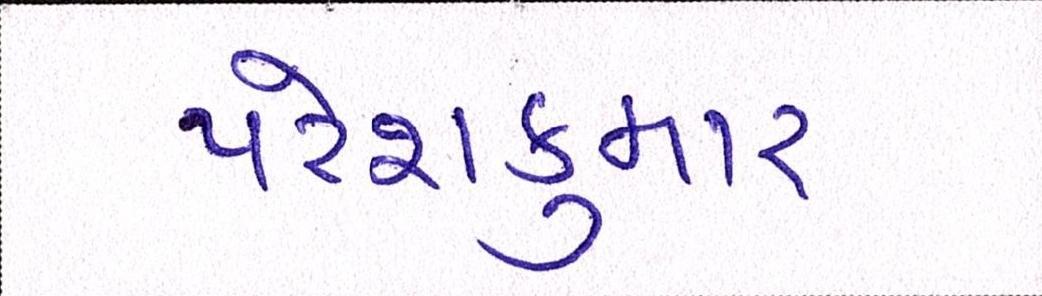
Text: પરેશકુમાર